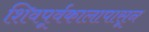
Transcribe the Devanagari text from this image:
शिवपूर्वकालापासून